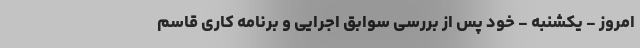
امروز - یکشنبه - خود پس از بررسی سوابق اجرایی و برنامه کاری قاسم